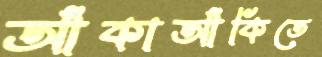
আঁকাআঁকিতে